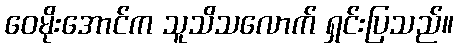
ဝေမိုးအောင်က သူသိသလောက် ရှင်းပြသည်။